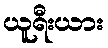
ယူရီးယား